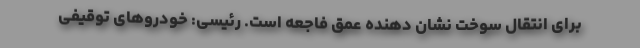
برای انتقال سوخت نشان دهنده عمق فاجعه است. رئیسی: خودروهای توقیفی